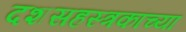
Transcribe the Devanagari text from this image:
दशसहस्त्रकांच्या